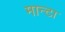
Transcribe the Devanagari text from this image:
मान्टा